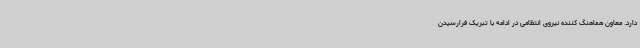
دارد. معاون هماهنگ کننده نیروی انتظامی در ادامه با تبریک فرارسیدن